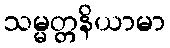
သမ္မတ္တနိယာမာ